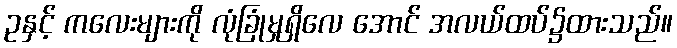
ဥနှင့် ကလေးများကို လုံခြုံမှုရှိလေ အောင် အလယ်ထပ်၌ထားသည်။